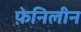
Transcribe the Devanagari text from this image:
फ़ेनिलीन